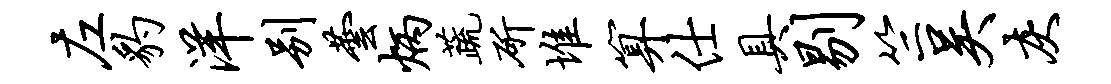
左豹洋别芸炳蔬斫堆算仕具剔竺吴灰